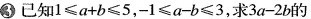
3已知1≤a+b≤5，-1≤a-b≤3，求3a-2b的